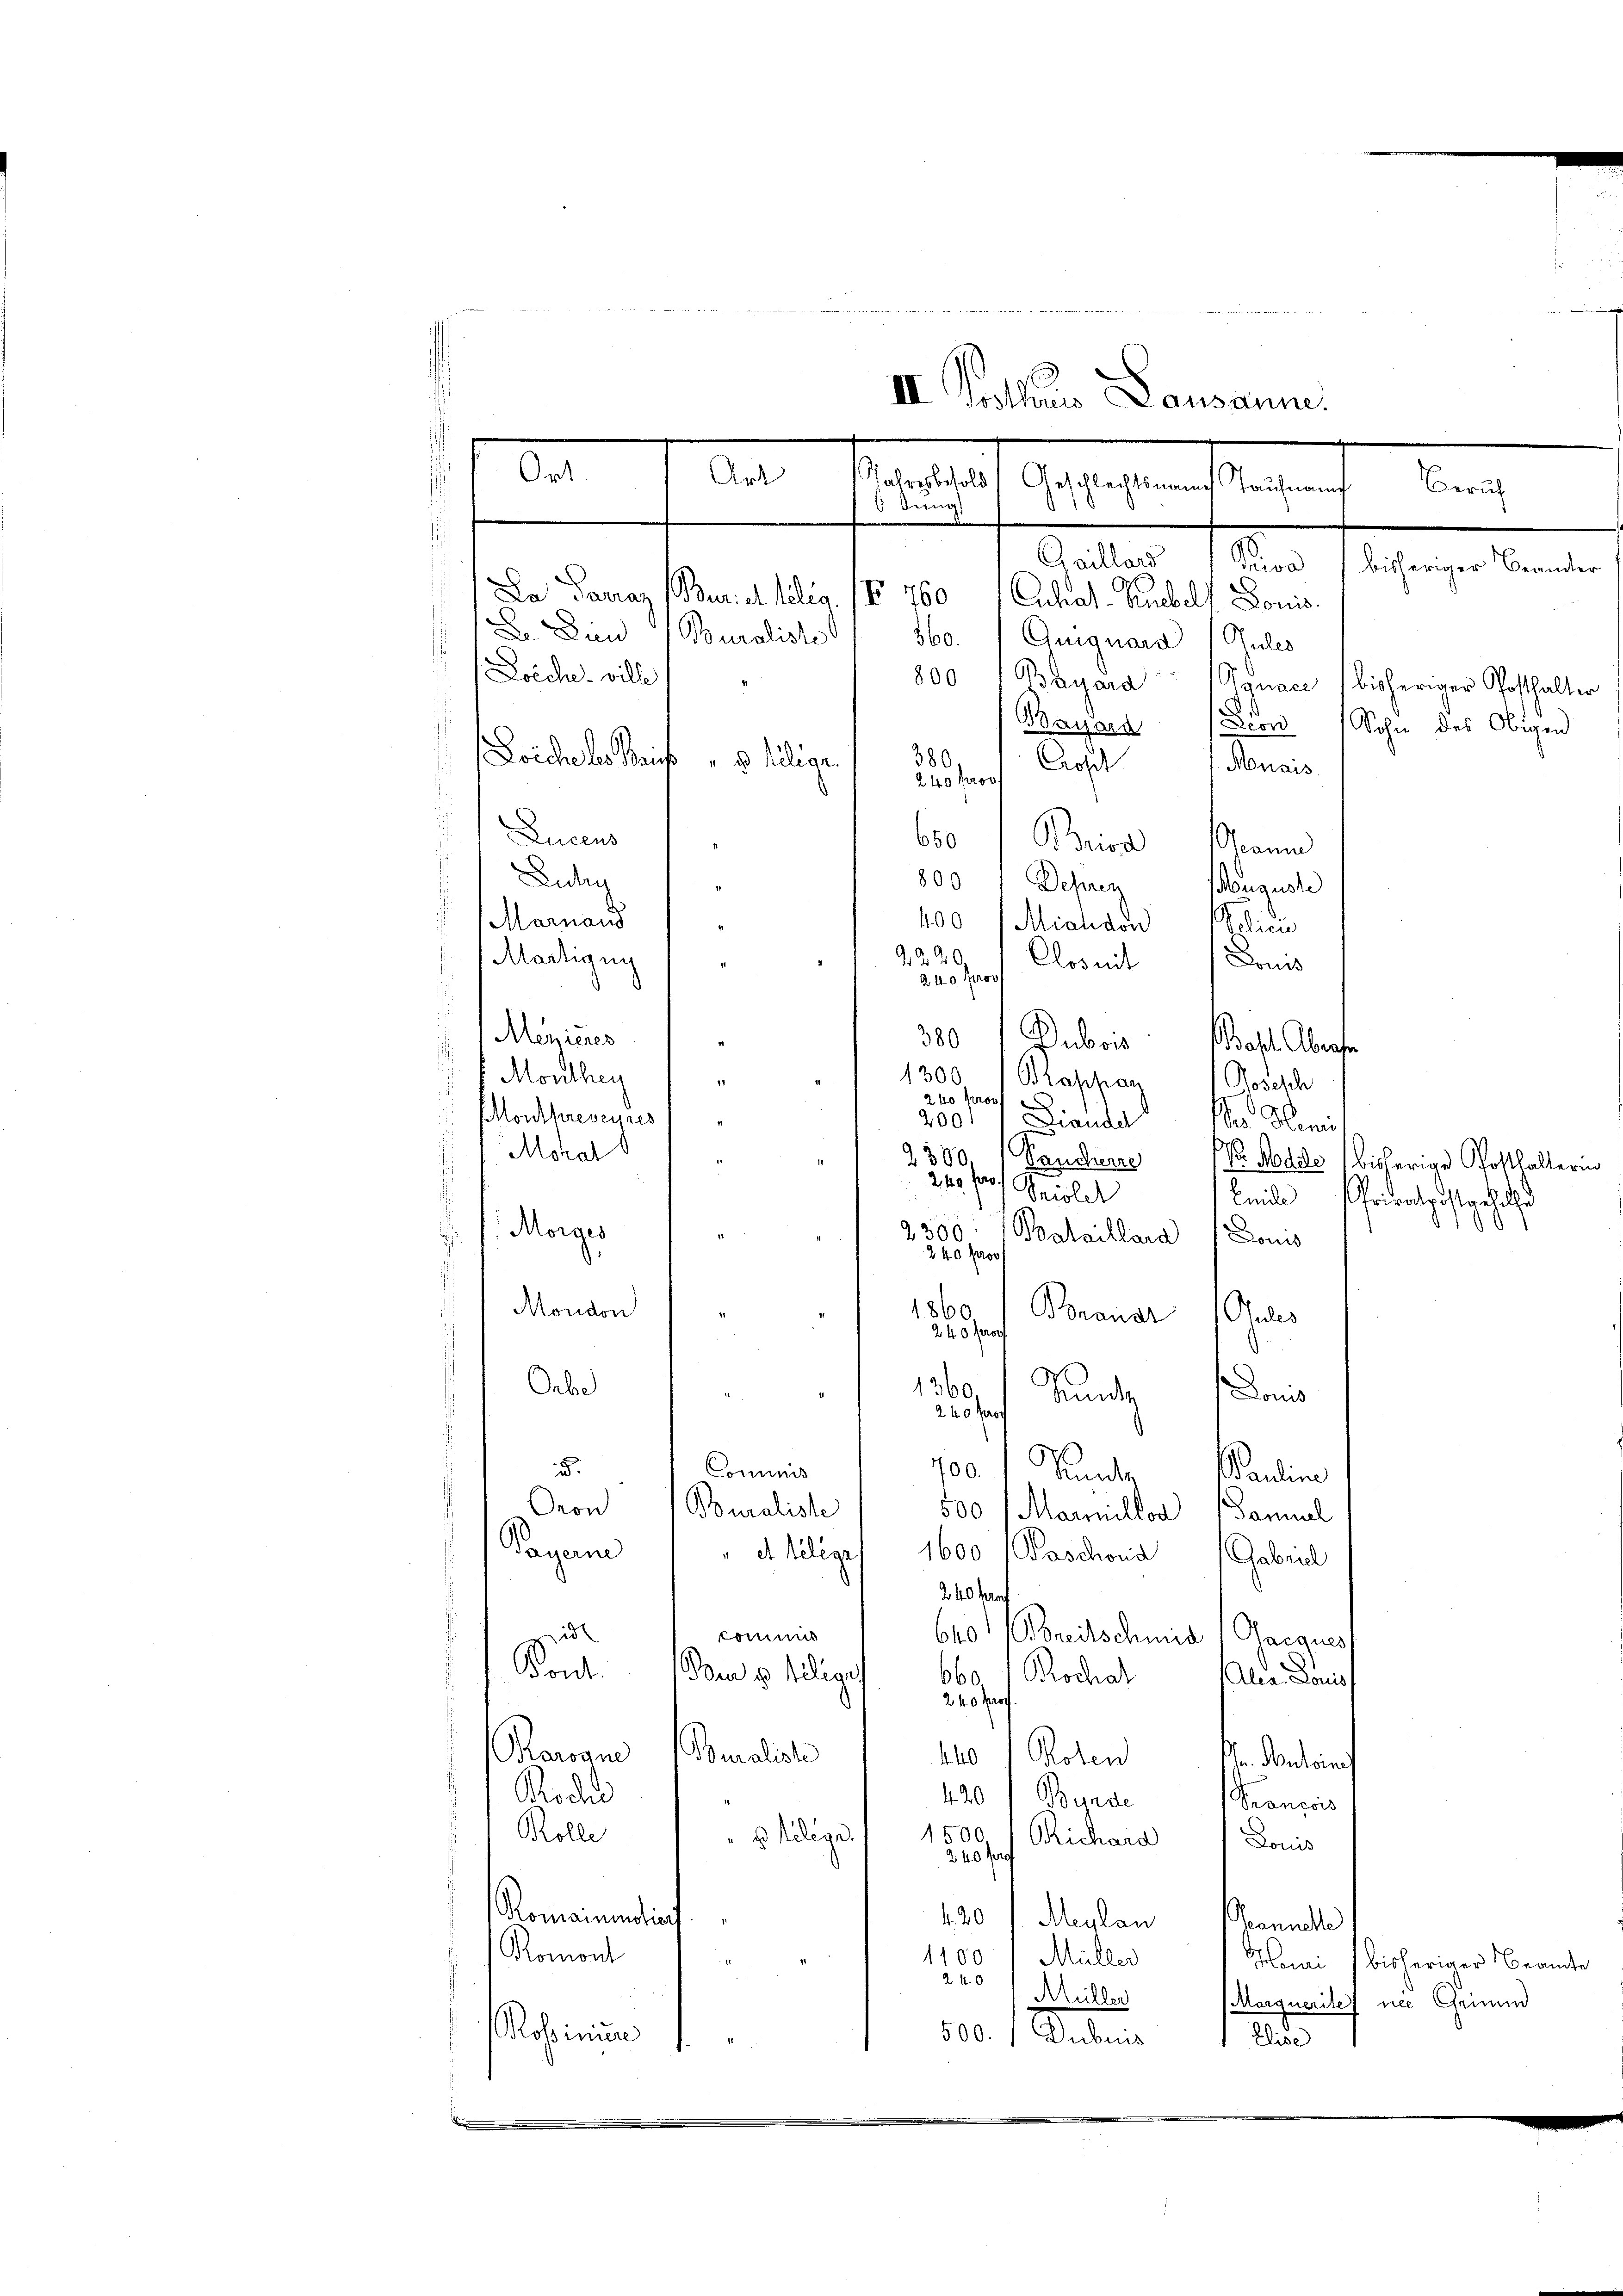
a
e
II Gothaus Lausanne.
Ort.
Art
Jahresbesold
Gelegenstlegung

Beruch
6 Jung

Caillard 1 Priva / bisheriger Beamter
Da Paraz (Bur. d. Relig. IV 760 (Cuhal-Puebelf Bonis
De Den (Buraliste / 360. Guiguard (Gules
800 " Bayara Tynace bisheriger Posthalter
Bayard (Deon Sohn des Obigen
380
" u telege.
Cros
Muais
240 proc
Lucens
650/Prira Mann
.
Luduig
800 1 Deprezz
i
Mauguste
Marnaus
400 (Michael Polici
G. d. d.
Martigun
Clos mit Doms
240 Prov
Menieres
300 Dubois
f Mordthen
1300 (Blaphan Gosesch
240 prov
Montpreseines
2001 " Dianda der Heniss
Moral
2300, (Pancherre
s
240 Fr.
Spiolet
Morges
2300: Bataillard Doms
240 pro
.
Mondon
1860
Josef Boraner Gutes
Orbe
1360
Sunde Donis
240 Pro
700.
d.
Commis
Nude
Paudine
Oron Bouraliste
500 Marillon (Tannel
Payerne
" et teleges 1600 (Paschond (Gabricl
240 kraf
id
commis
640 (Bereitschmid (Gaeques
Kont. am 3 tiliar
6601 Kochal
Alea Louis
240 pr
Raroane (Somaliste 110 / Poten
In Mutoines
Rochl
420) Bynde
Franzis
Rolle
B telege.
1500 (ORichara
Ponis
240 fr
Romainendiat.
420 / Meulan Sonnelle
Romont
1100 / Müller
Henri bisheriger Beamte
240
Müller
Marquerite nec Grimm
Rosinen
500. / Dubis
Elise
e
.

Dolches ville
Doiche des Zürich

Basel Abwese
 Nodie bisherige Pfosthalterin
Enide
Privatpostgehalt
)